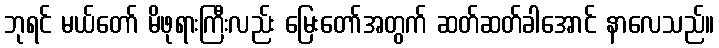
ဘုရင် မယ်တော် မိဖုရားကြီးလည်း မြေးတော်အတွက် ဆတ်ဆတ်ခါအောင် နာလေသည်။